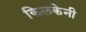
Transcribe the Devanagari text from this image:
किलकेनी